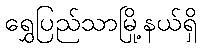
ရွှေပြည်သာမြို့နယ်ရှိ